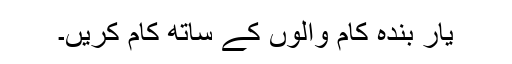
یار بندہ کام والوں کے ساتھ کام کریں۔